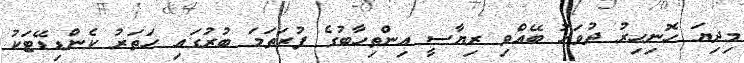
މިދިޔަ ހޮނިހިރު ދުވަހު ބޭއްވި ރިޔާސީ އިންތިހާބުގެ ފުރަތަމަ ބުރުގައި ހަތަރު ކެންޑިޑޭޓަކު